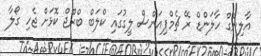
އާލިންގް ހާލަންޑް ރޭ ޗެމްޕިއަންސް ލީގުގައި ކްލަބް ބްރޫޖް ކޮޅަށް ޖެހި ގޯލާ